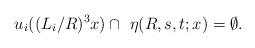
LaTeX: \begin{align*}~u_i((L_i/R)^3x)\cap~\eta(R,s,t;x)=\emptyset.\end{align*}